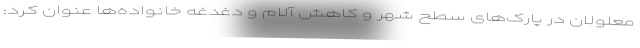
معلولان در پارک‌های سطح شهر و کاهش آلام و دغدغه خانواده‌ها عنوان کرد: